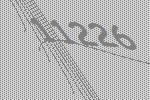
11226